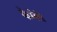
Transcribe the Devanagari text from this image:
कैमेरो